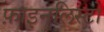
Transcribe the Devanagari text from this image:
फ़ाइनलिस्टों